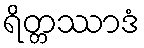
ရိတ္တဿာဒံ